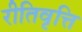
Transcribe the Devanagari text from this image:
रीतिवृत्ति